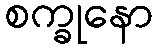
စက္ခုနော